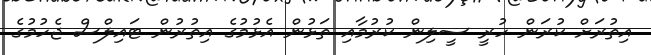
އިތުރަށް ކުރަން ހުރީ ސީލިން ކުރުމާއި ތަޅުން އެޅުމުގެ އިތުރުން ޓައިލްސް ޖެހުމުގެ